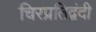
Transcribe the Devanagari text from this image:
चिरप्रतिद्वंदी